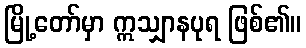
မြို့တော်မှာ ဣသျှာနပုရ ဖြစ်၏။